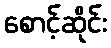
စောင့်ဆိုင်း